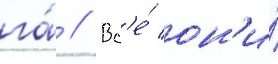
га́ // Вс'е́ он'и́